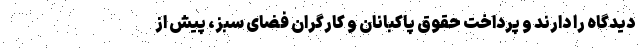
دیدگاه را دارند و پرداخت حقوق پاکبانان و کارگران فضای سبز، پیش از